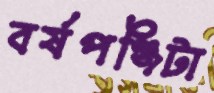
বর্ষপঞ্জিটা